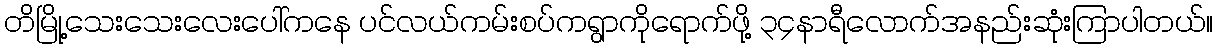
တိမြို့သေးသေးလေးပေါ်ကနေ ပင်လယ်ကမ်းစပ်ကရွာကိုရောက်ဖို့ ၃၄နာရီလောက်အနည်းဆုံးကြာပါတယ်။